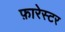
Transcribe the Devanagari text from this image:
फ़ारेस्टर